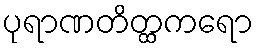
ပုရာဏတိတ္ထကရော